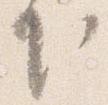
下